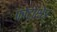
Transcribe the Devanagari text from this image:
फोटोक्षेत्र